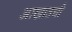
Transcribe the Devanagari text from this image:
आखातची